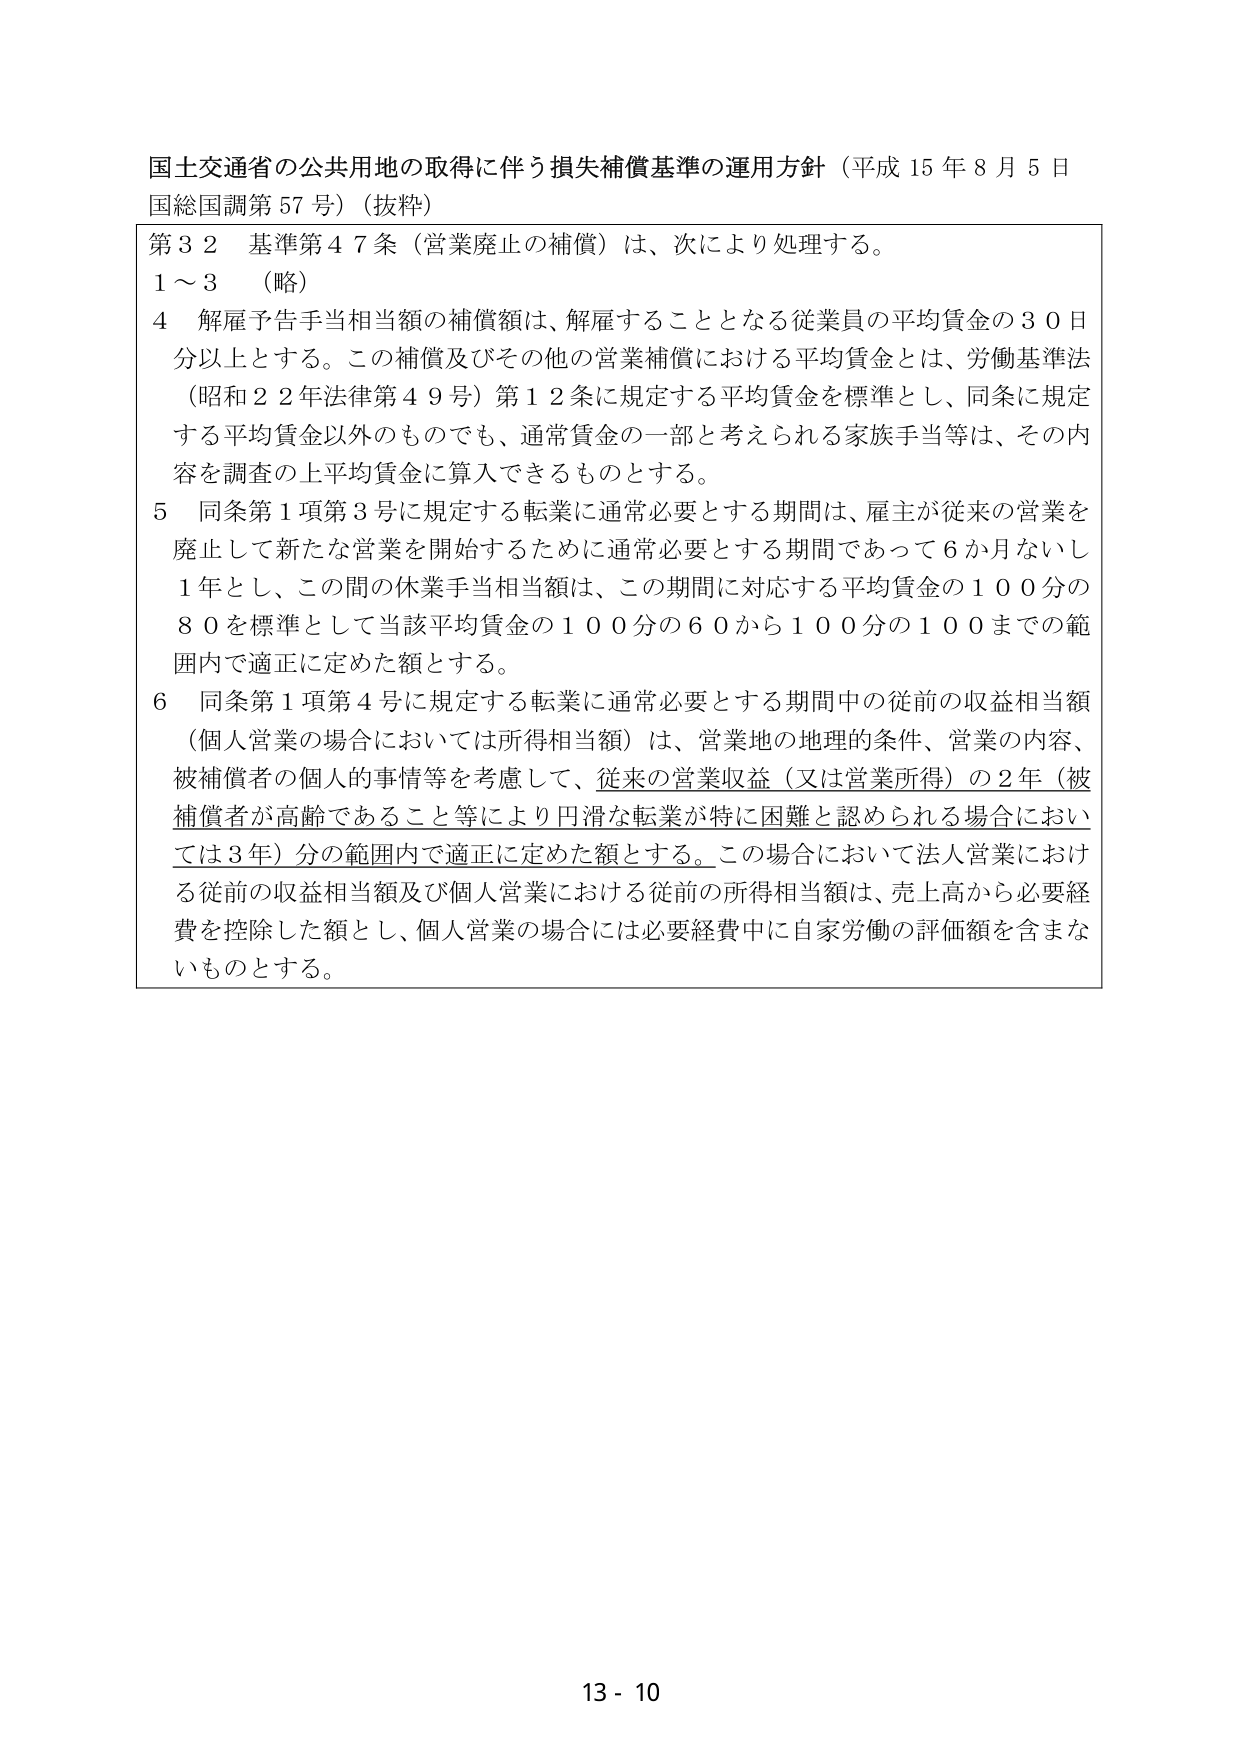
国土交通省の公共用地の取得に伴う損失補償基準の運用方針（平成15年8月5日 国総国調第57号）（抜粋）

第32 基準第47条（営業廃止の補償）は、次により処理する。

1～3 （略）

4 解雇予告手当相当額の補償額は、解雇することとなる従業員の平均賃金の30日分以上とする。この補償及びその他の営業補償における平均賃金とは、労働基準法（昭和22年法律第49号）第12条に規定する平均賃金を標準とし、同条に規定する平均賃金以外のものでも、通常賃金の一部と考えられる家族手当等は、その内容を調査の上平均賃金に算入できるものとする。

5 同条第1項第3号に規定する転業に通常必要とする期間は、雇主が従来の営業を廃止して新たな営業を開始するために通常必要とする期間であって6か月ないし1年とし、この間の休業手当相当額は、この期間に対応する平均賃金の100分の80を標準として当該平均賃金の100分の60から100分の100までの範囲内で適正に定めた額とする。

6 同条第1項第4号に規定する転業に通常必要とする期間中の従前の収益相当額（個人営業の場合においては所得相当額）は、営業地の地理的条件、営業の内容、被補償者の個人的事情等を考慮して、従来の営業収益（又は営業所得）の2年（被補償者が高齢であること等により円滑な転業が特に困難と認められる場合においては3年）分の範囲内で適正に定めた額とする。この場合において法人営業における従前の収益相当額及び個人営業における従前の所得相当額は、売上高から必要経費を控除した額とし、個人営業の場合には必要経費中に自家労働の評価額を含まないものとする。

13 - 10